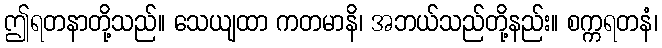
ဤရတနာတို့သည်။ သေယျထာ ကတမာနိ၊ အဘယ်သည်တို့နည်း။ စက္ကရတနံ၊